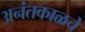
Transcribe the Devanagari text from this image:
अनंतकाळचे